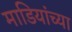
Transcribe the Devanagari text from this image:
माडियांच्या